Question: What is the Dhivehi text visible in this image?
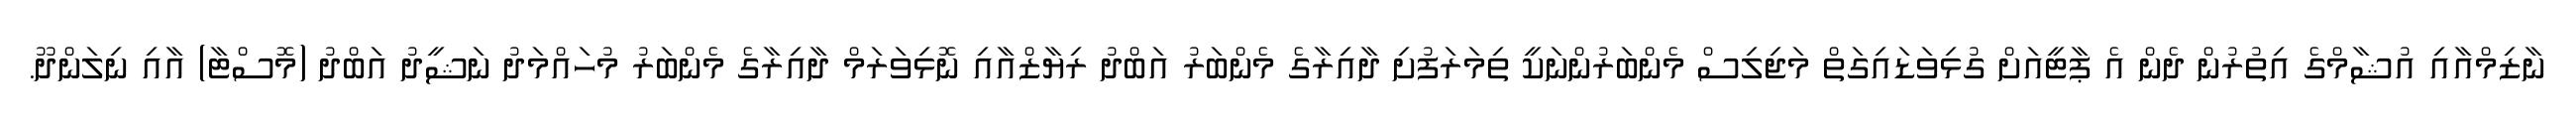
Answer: ނާޒިމްއާއި އުޝާމްގެ އިތުރުން ދެން އެ ޕާޓީއަށް ގުޅިވަޑައިގަތް މަޖިލިސް މެންބަރުންނަކީ ތިމަރަފުށި ދާއިރާގެ މެންބަރު އަބްދު ރިޔާޒްއާއި ނޮޅިވަރަމް ދާއިރާގެ މެންބަރު މުހައްމަދު ނަޝީދު އަބްދު (މޮސްޓާ) އާއި ނިލަންދޫ.